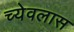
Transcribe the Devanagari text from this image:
च्येवलास